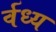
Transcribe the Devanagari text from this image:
र्वध्य